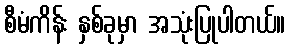
စီမံကိန်း နှစ်ခုမှာ အသုံးပြုပါတယ်။